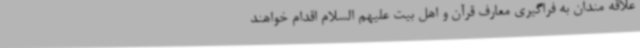
علاقه مندان به فراگیری معارف قرآن و اهل بیت علیهم السلام اقدام خواهند